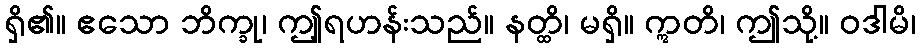
ရှိ၏။ ဧသော ဘိက္ခု၊ ဤ့ရဟန်းသည်။ နတ္ထိ၊ မရှိ။ ဣတိ၊ ဤသို့။ ဝဒါမိ၊